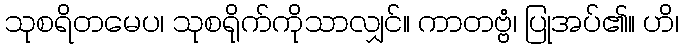
သုစရိတမေပ၊ သုစရိုက်ကိုသာလျှင်။ ကာတဗ္ဗံ၊ ပြုအပ်၏။ ဟိ၊